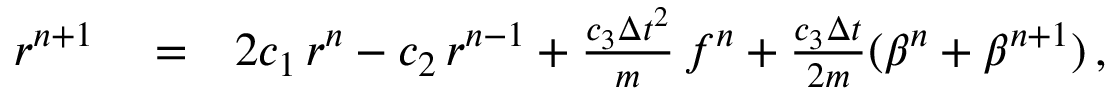
\begin{array} { r l r } { r ^ { n + 1 } } & { { } = } & { 2 c _ { 1 } \, r ^ { n } - c _ { 2 } \, r ^ { n - 1 } + \frac { c _ { 3 } \Delta { t } ^ { 2 } } { m } \, f ^ { n } + \frac { c _ { 3 } \Delta { t } } { 2 m } ( \beta ^ { n } + \beta ^ { n + 1 } ) \, , } \end{array}